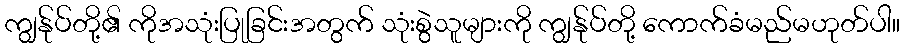
ကျွန်ုပ်တို့၏ ကိုအသုံးပြုခြင်းအတွက် သုံးစွဲသူများကို ကျွန်ုပ်တို့ ကောက်ခံမည်မဟုတ်ပါ။